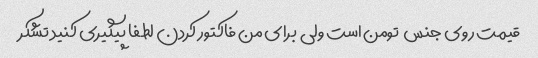
قیمت روی جنس  تومن است ولی  برای من فاکتور کردن لطفا پیگیری کنید تشکر